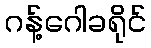
ဂန့်ဂေါခရိုင်